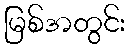
မြစ်အတွင်း